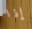
إذا